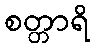
စတ္တာရိ